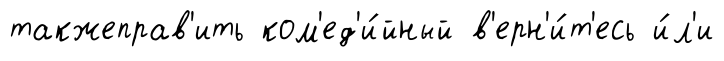
такжеправ'ить ком'ед'и́йный в'ерн'и́т'есь и́л'и